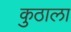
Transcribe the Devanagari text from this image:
कुठाला